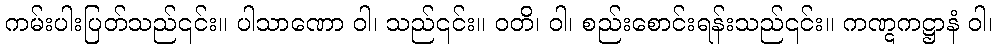
ကမ်းပါးပြတ်သည်၎င်း။ ပါသာဏော ဝါ၊ သည်၎င်း။ ဝတိ၊ ဝါ၊ စည်းစောင်းရန်းသည်၎င်း။ ကဏ္ဋကဋ္ဌာနံ ဝါ၊